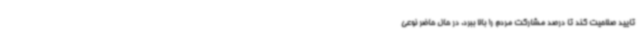
تایید صلاحیت کند تا درصد مشارکت مردم را بالا ببرد. در حال حاضر نوعی